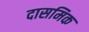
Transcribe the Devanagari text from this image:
दासमिक